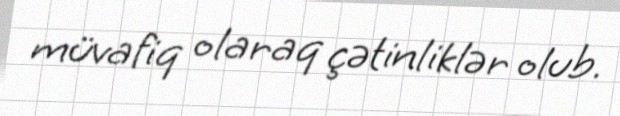
müvafiq olaraq çətinliklər olub.